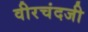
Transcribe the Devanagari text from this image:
वीरचंदजी